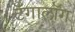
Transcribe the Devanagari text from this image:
टॅगालॉग